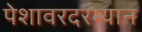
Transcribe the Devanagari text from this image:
पेशावरदरम्यान